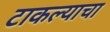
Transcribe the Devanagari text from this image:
टाकल्याचा